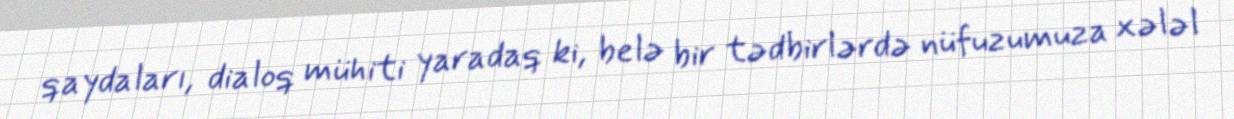
qaydaları, dialoq mühiti yaradaq ki, belə bir tədbirlərdə nüfuzumuza xələl